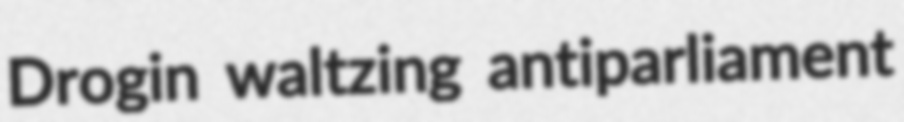
Drogin waltzing antiparliament